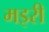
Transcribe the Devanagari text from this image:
मइरी